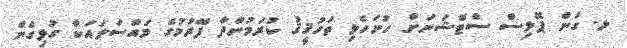
ލ. ގަން ޕޮލިސް ސްޓޭޝަނަށް ހުށަހެޅި ތަހުޤީޤު ކުރަމުންދާ ފޭރުމުގެ މައްސަލައަކާ ގުޅިގެން